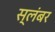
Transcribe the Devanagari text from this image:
स्लंबर